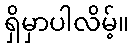
ရှိမှာပါလိမ့်။